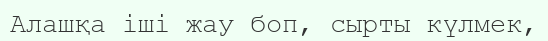
Алашқа іші жау боп, сырты күлмек,